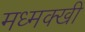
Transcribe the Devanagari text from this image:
मध्मक्खी